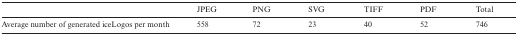
<table><thead><tr><td></td><td><b>JPEG</b></td><td><b>PNG</b></td><td><b>SVG</b></td><td><b>TIFF</b></td><td><b>PDF</b></td><td><b>Total</b></td></tr></thead><tbody><tr><td>Average number of generated iceLogos per month</td><td>558</td><td>72</td><td>23</td><td>40</td><td>52</td><td>746</td></tr></tbody></table>